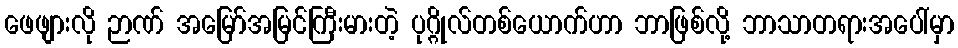
ဖေဖျားလို ဉာဏ် အမြော်အမြင်ကြီးမားတဲ့ ပုဂ္ဂိုလ်တစ်ယောက်ဟာ ဘာဖြစ်လို့ ဘာသာတရားအပေါ်မှာ